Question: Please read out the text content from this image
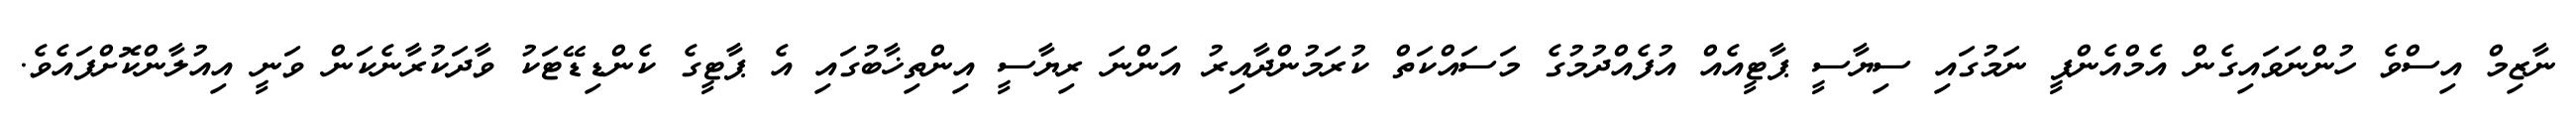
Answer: ނާޒިމް އިސްވެ ހުންނަވައިގެން އެމްއެންޕީ ނަމުގައި ސިޔާސީ ޕާޓީއެއް އުފެއްދުމުގެ މަސައްކަތް ކުރަމުންދާއިރު އަންނަ ރިޔާސީ އިންތިޚާބުގައި އެ ޕާޓީގެ ކެންޑިޑޭޓަކު ވާދަކުރާނެކަން ވަނީ އިއުލާންކޮށްފައެވެ.